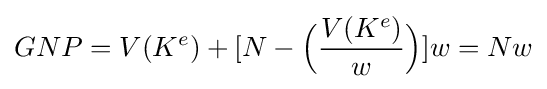
GNP=V(K^{e})+[N-{\Bigl (}{\frac {V(K^{e})}{w}}{\Bigr )}]w=Nw